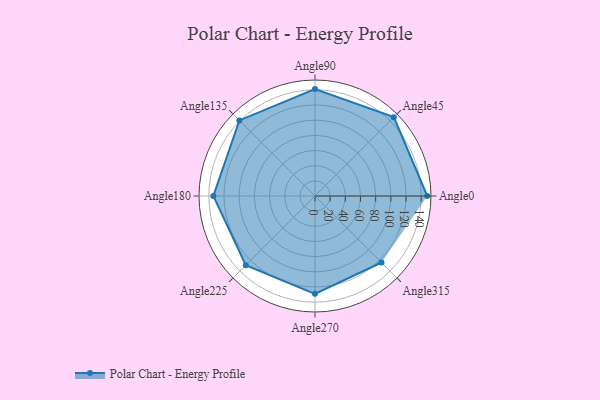
{"axis": {"x": "Angle", "y": "Radius"}, "legend": [""], "data": [{"x": "Angle0", "y": 148.0, "type": ""}, {"x": "Angle45", "y": 147.0, "type": ""}, {"x": "Angle90", "y": 141.0, "type": ""}, {"x": "Angle135", "y": 141.0, "type": ""}, {"x": "Angle180", "y": 134.0, "type": ""}, {"x": "Angle225", "y": 129.0, "type": ""}, {"x": "Angle270", "y": 129.0, "type": ""}, {"x": "Angle315", "y": 124.0, "type": ""}]}